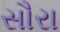
સૌરા